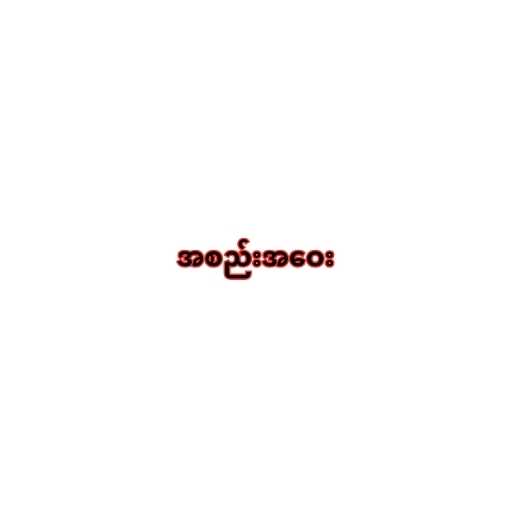
အစည်းအဝေး